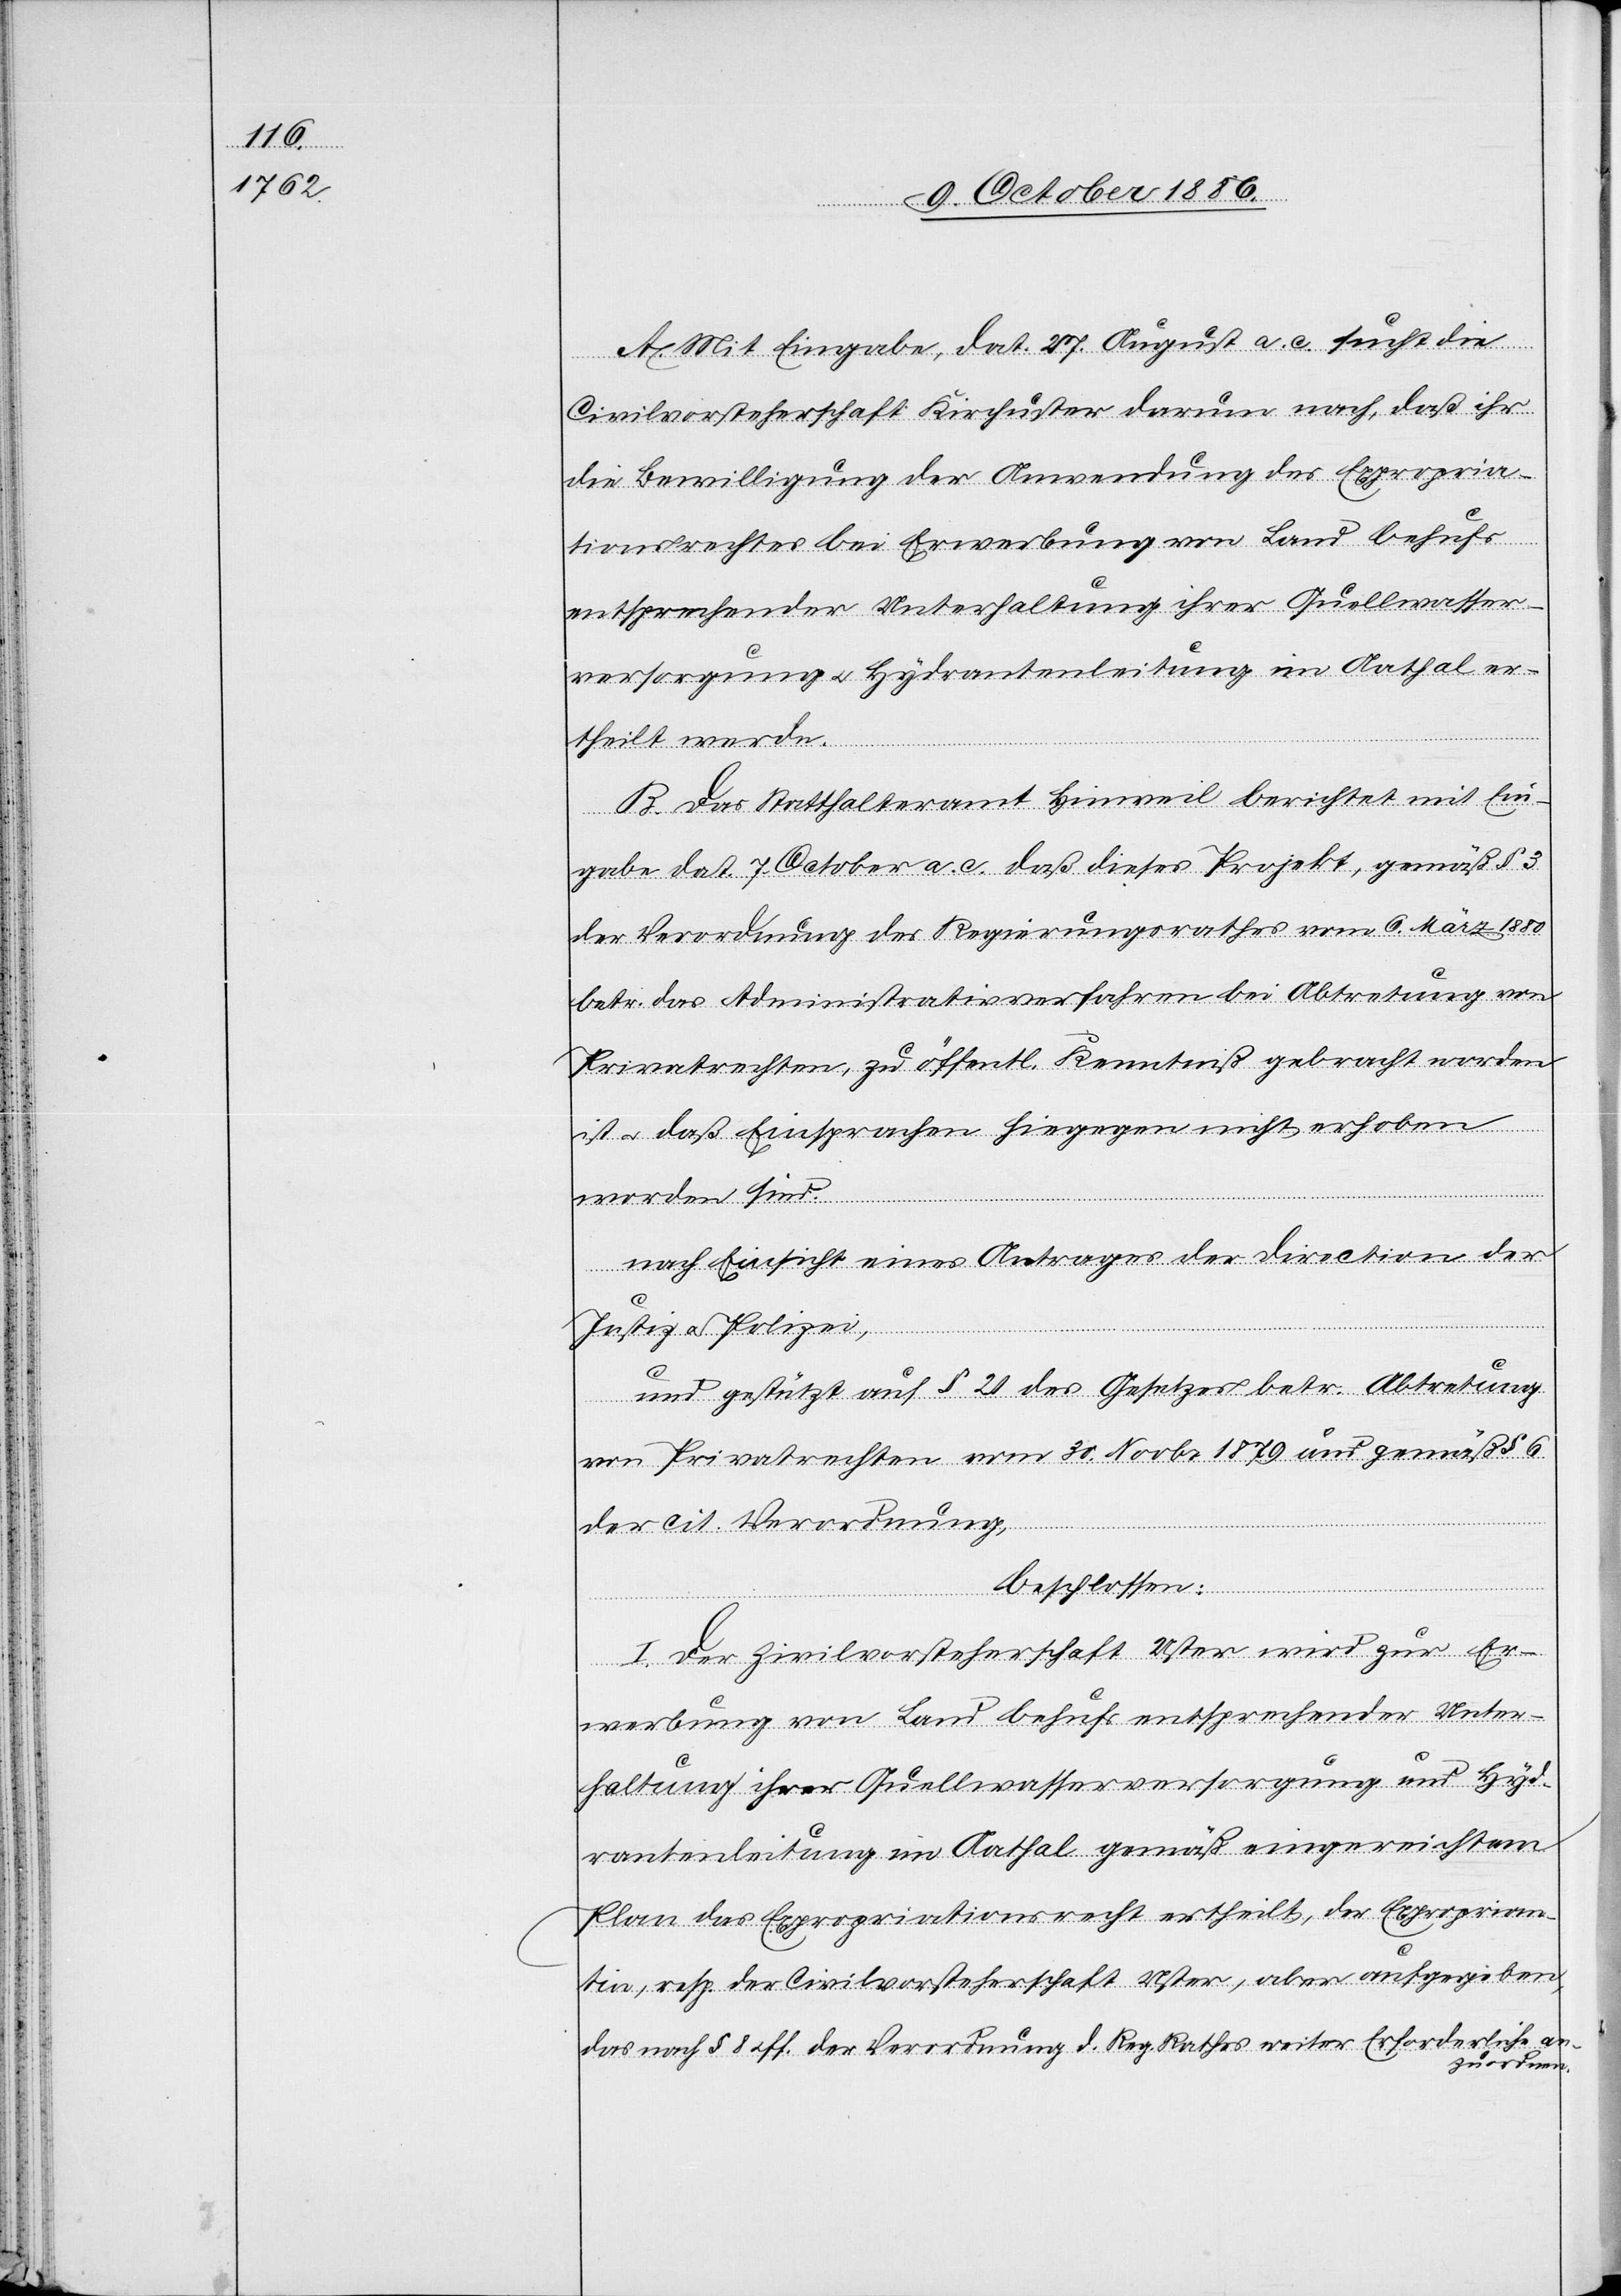
A. Mit Eingabe, dat. 27. August a. c. sucht die
Civilvorsteherschaft Kirchuster darum nach, daß ihr
die Bewilligung der Anwendung des Expropria¬
tionsrechtes bei Erwerbung von Land behufs
entsprechender Unterhaltung ihrer Quellwasser¬
versorgung & Hydrantenleitung im Aathal er¬
theilt werde.
B. Das Statthalteramt Hinweil berichtet mit Ein¬
gabe dat. 7. October a. c. daß dieses Projekt, gemäß § 3
der Verordnung des Regierungsrathes vom 6. März 1880
betr. das Administrativverfahren bei Abtretung von
Privatrechten, zu öffentl. Kenntniß gebracht worden
ist & daß Einsprachen hiegegen nicht erhoben
worden sind.
nach Einsicht eines Antrages der Direction der
Justiz & Polizei,
und gestützt auf § 20 des Gesetzes betr. Abtretung
von Privatrechten vom 30. Novbr. 1879 und gemäß § 6
der cit. Verordnung,
beschlossen:
I. Der Zivilvorsteherschaft Uster wird zur Er¬
werbung von Land behufs entsprechender Unter¬
haltung ihrer Quellwasserversorgung und Hyd¬
rantenleitung im Aathal gemäß eingereichtem
Plan das Expropriationsrecht ertheilt, der Exproprian¬
tin, resp. der Civilvorsteherschaft Uster, aber aufgegeben,
das nach § 8 & ff. der Verordnung d. Reg. Rathes weiter Erforderliche an¬
zuordnen.